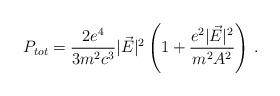
LaTeX: \begin{align*}P_{tot}=\frac{2e^4}{3m^2c^3}|\vec{E}|^2\left(1+\frac{e^2|\vec{E}|^2}{m^2A^2}\right)\,{.}\end{align*}